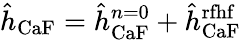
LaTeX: \hat{h}_{\mathrm{CaF}}=\hat{h}_{\mathrm{CaF}}^{n=0}+\hat{h}_{\mathrm{CaF}}^{\mathrm{rfhf}}